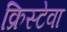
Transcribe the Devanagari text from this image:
क्रिस्टेवा